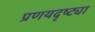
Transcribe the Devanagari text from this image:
प्रणयदृष्ट्या